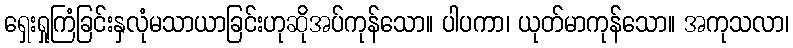
ရှေးရှုကြံခြင်းနှလုံမသာယာခြင်းဟုဆိုအပ်ကုန်သော။ ပါပကာ၊ ယုတ်မာကုန်သော။ အကုသလာ၊